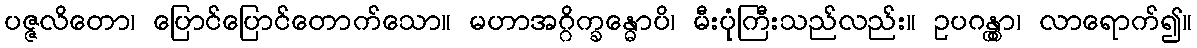
ပဇ္ဇလိတော၊ ပြောင်ပြောင်တောက်သော။ မဟာအဂ္ဂိက္ခန္ဓောပိ၊ မီးပုံကြီးသည်လည်း။ ဥပဂန္တွာ၊ လာရောက်၍။